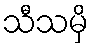
သီသမှိ